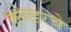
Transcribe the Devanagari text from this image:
फोल्डरचे